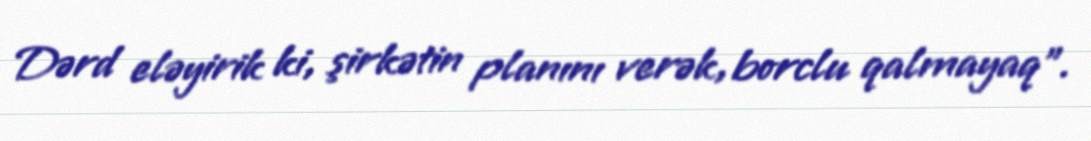
Dərd eləyirik ki, şirkətin planını verək, borclu qalmayaq".